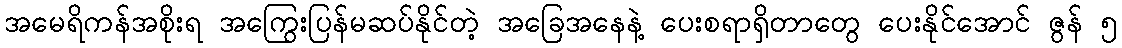
အမေရိကန်အစိုးရ အကြွေးပြန်မဆပ်နိုင်တဲ့ အခြေအနေနဲ့ ပေးစရာရှိတာတွေ ပေးနိုင်အောင် ဇွန် ၅